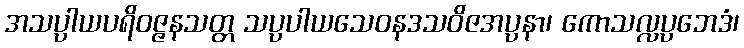
အသပ္ပါယပရိဝဇ္ဇနသတ္တ သပ္ပပါယသေဝနဒသဝိဇအပ္ပနာ၊ ကောသလ္လပ္ပဘေဒံ၊